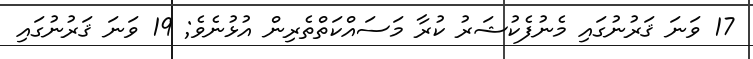
17 ވަނަ ޤަރުނުގައި މެނުފެކުޝަރު ކުރާ މަސައްކަތްތެރިން އުޅުނެވެ; 19 ވަނަ ޤަރުނުގައި